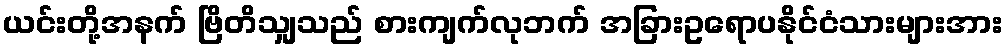
ယင်းတို့အနက် ဗြိတိသျှသည် စားကျက်လုဘက် အခြားဥရောပနိုင်ငံသားများအား